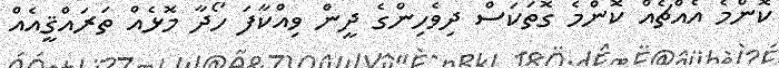
ކޮންމެ އެއްޗެއް ކޮންމެ ގޮތަކަސް ދިވެހިންގެ ދީން ވިއްކާފަ ހޯދާ މޮޅެއް ތަރައްޤީއެއް